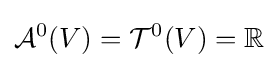
{\mathcal {A}}^{0}(V)={\mathcal {T}}^{0}(V)=\mathbb {R}